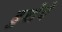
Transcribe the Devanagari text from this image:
दुबोचे